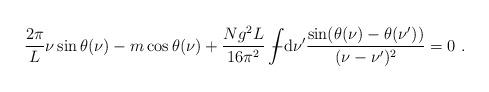
LaTeX: \begin{align*}\frac{2\pi}{L}\nu \sin \theta(\nu) -m\cos\theta(\nu)+ \frac{Ng^2L}{16\pi^2}\int\!\!\!\!\!\!- {\rm d}\nu' \frac{\sin (\theta(\nu)-\theta(\nu'))}{(\nu-\nu')^2} = 0 \ .\end{align*}